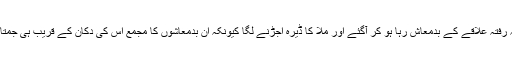
رفتہ رفتہ علاقے کے بدمعاش رہا ہو کر آگئے اور ملّا کا ڈیرہ اجڑنے لگا کیونکہ ان بدمعاشوں کا مجمع اس کی دکان کے قریب ہی جمتا تھا۔